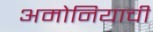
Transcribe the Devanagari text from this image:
अमोनियाची